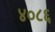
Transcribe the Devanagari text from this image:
४०८६